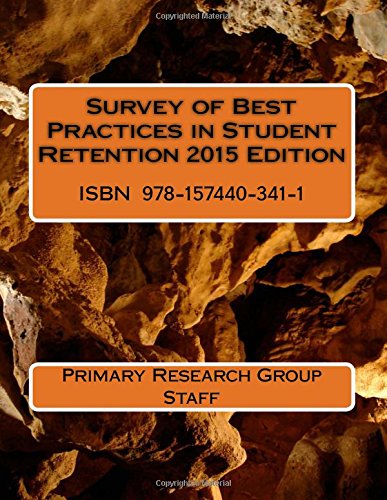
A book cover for Survey of Best Practices in Student Retention 2015 Edition; Primary Research Group Staff; Education & Teaching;